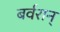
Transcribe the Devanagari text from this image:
बर्वरान्